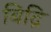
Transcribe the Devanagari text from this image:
बिद्रि